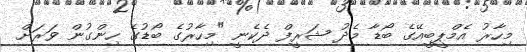
މިހާރު އެމްޕީބީއޭގެ ބޯޑާ މެދު ޝަރީފް ދެކެނީ "މިހާރުގެ ބޯޑުގެ ހިންގުން ވަރަށް